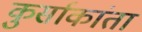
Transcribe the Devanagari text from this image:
कुर्साकांता